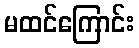
မထင်ကြောင်း